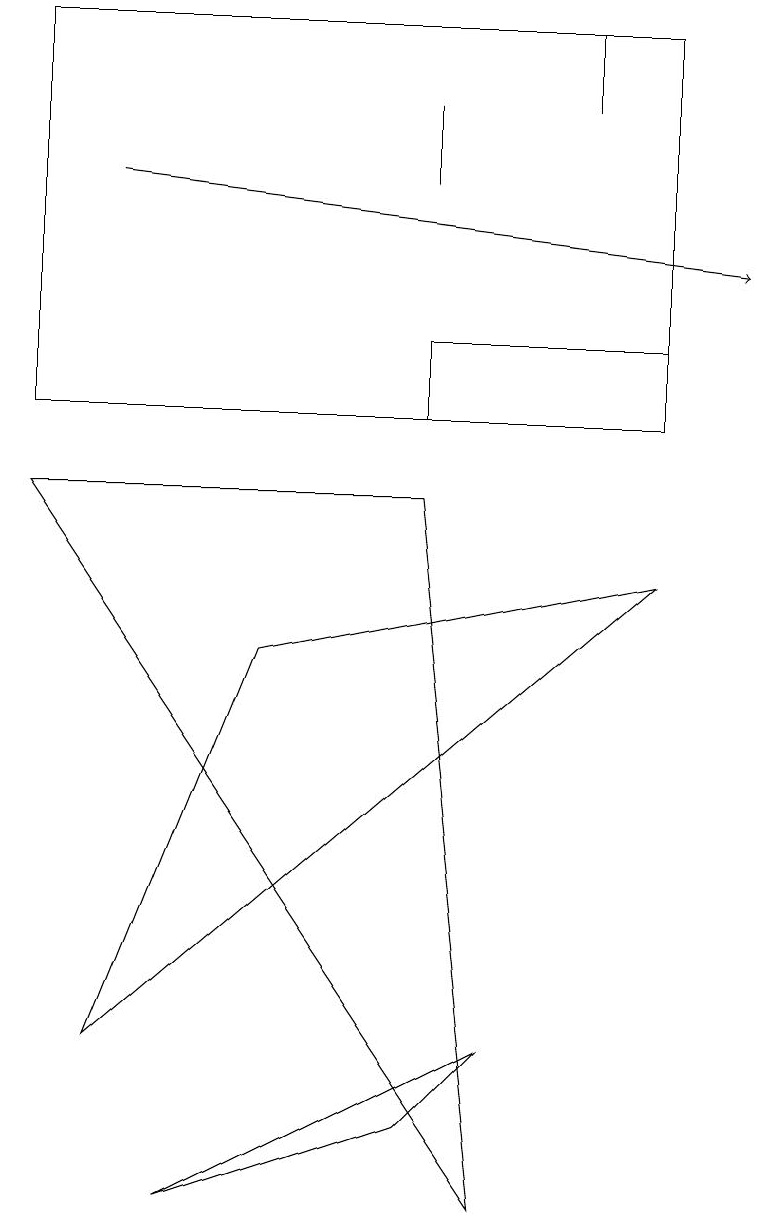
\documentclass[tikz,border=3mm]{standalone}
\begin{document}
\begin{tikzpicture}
\draw (2,0) -- (6,2) -- (5,1) -- cycle;
\draw (8,10) rectangle (5,11);
\draw (8,15) rectangle (0,10);
\draw (3,7) -- (8,8) -- (1,2) -- cycle;
\draw (5,14) rectangle (5,13);
\draw[->] (1,13) -- (9,12);
\draw (7,15) rectangle (7,14);
\draw (6,0) -- (0,9) -- (5,9) -- cycle;
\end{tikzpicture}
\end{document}